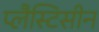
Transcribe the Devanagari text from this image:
प्लैस्टिसीन